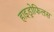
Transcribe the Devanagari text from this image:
हाइड्रोफिलस